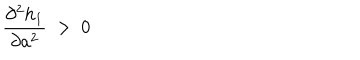
{ \frac { \partial ^ { 2 } h _ { 1 } } { \partial a ^ { 2 } } } \ > \ 0